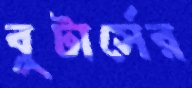
বুটার্সের